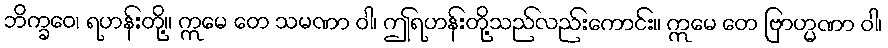
ဘိက္ခဝေ၊ ရဟန်းတို့။ ဣမေ တေ သမဏာ ဝါ၊ ဤရဟန်းတို့သည်လည်းကောင်း။ ဣမေ တေ ဗြာဟ္မဏာ ဝါ၊